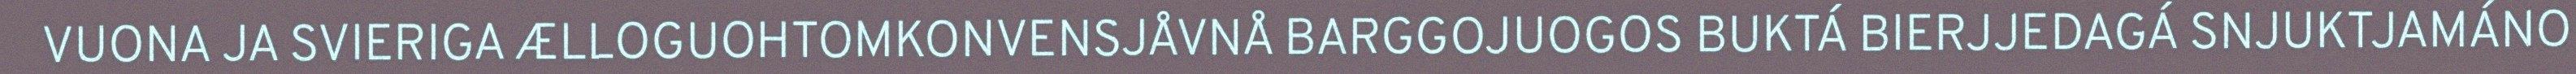
VUONA JA SVIERIGA ÆLLOGUOHTOMKONVENSJÅVNÅ BARGGOJUOGOS BUKTÁ BIERJJEDAGÁ SNJUKTJAMÁNO